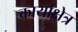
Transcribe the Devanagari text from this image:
कार्याक्षेत्र